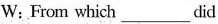
W： From which___did